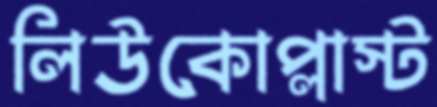
লিউকোপ্লাস্ট